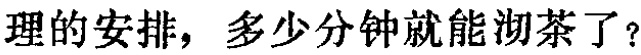
理的安排，多少分钟就能沏茶了？